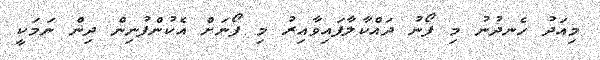
މިއަދު ހެނދުނު މި ފޯނު ދައްކާލާފައިވާއިރު މި ފޯނަށް އެކުންފުނިން ދިން ނަމަކީ